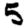
Digit: 5